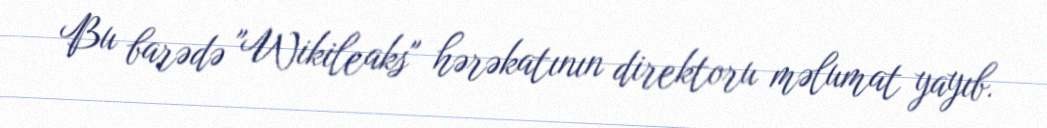
Bu barədə "Wikileaks" hərəkatının direktoru məlumat yayıb.